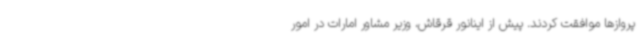
پروازها موافقت کردند. پیش از اینانور قرقاش، وزیر مشاور امارات در امور